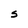
Character: S